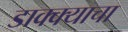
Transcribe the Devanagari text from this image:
डाक्क्याचा